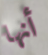
أنها